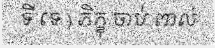
ទី ទេ ) ភិក្ខុ ចាប់ ពាល់